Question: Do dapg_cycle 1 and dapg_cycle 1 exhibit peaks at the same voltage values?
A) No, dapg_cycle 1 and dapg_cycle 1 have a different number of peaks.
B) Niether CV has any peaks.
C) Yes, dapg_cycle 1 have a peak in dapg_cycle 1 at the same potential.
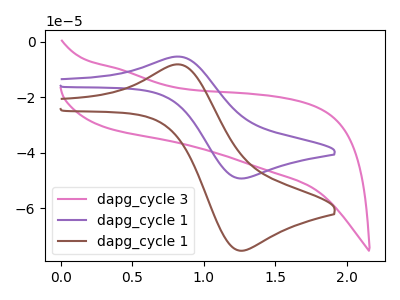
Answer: <think>The pink curve "dapg_cycle 3" has no peaks. The purple curve "dapg_cycle 1" has an anodic peak at (0.85V, -5.35uA) and a cathodic peak at (1.25V, -49.35uA). The brown curve "dapg_cycle 1" has an anodic peak at (0.85V, -8.20uA) and a cathodic peak at (1.25V, -75.40uA).</think>
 <answer>C) Yes, "dapg_cycle 1" have a peak in "dapg_cycle 1" at the same potential.</answer>
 <eval>C</eval>